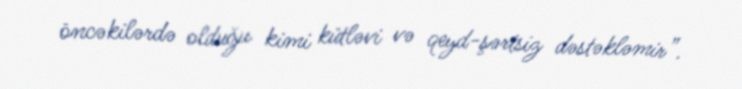
öncəkilərdə olduğu kimi kütləvi və qeyd-şərtsiz dəstəkləmir”.